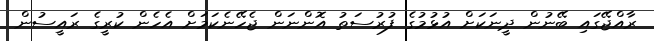
ރާއްޖޭގައި ބޭނުން ދީނަކަށް އުޅުމުގެ ފުރުސަތު އޮންނަން ޖެހޭނެކަމަށް އެހެން ކުރީގެ ރައީސުން